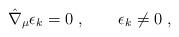
LaTeX: \begin{align*}\hat \nabla _{\mu} \epsilon_{k} = 0\ , \qquad \epsilon_{k} \neq 0 \ ,\end{align*}